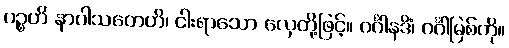
ပဉ္စဟိ နာဝါသတေဟိ၊ ငါးရာသော လှေတို့ဖြင့်။ ဂင်္ဂါနဒိံ၊ ဂင်္ဂါမြစ်ကို။